Leprosy in India: report of the Leprosy Commission in India, 1890-91
Year: 1890
Disease focus: Leprosy
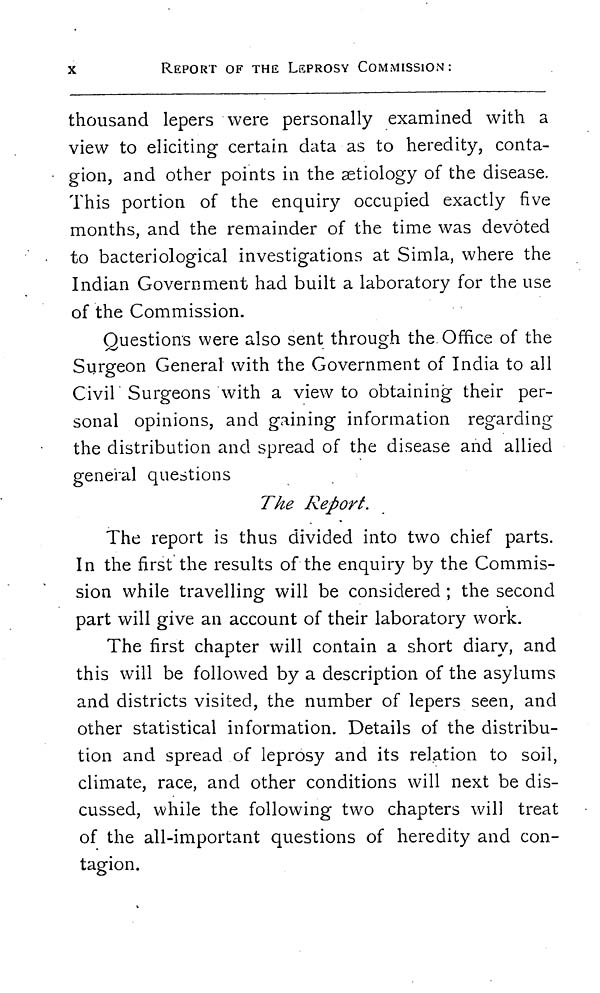
x
REPORT OF THE LEPROSY COMMISSION:
thousand lepers were personally examined with a
view to eliciting certain data as to heredity, conta-
gion, and other points in the aetiology of the disease.
This portion of the enquiry occupied exactly five
months, and the remainder of the time was devoted
to bacteriological investigations at Simla, where the
Indian Government had built a laboratory for the use
of the Commission.
Questions were also sent through the Office of the
Surgeon General with the Government of India to all
Civil Surgeons with a view to obtaining their per-
sonal opinions, and gaining information regarding
the distribution and spread of the disease and allied
general questions
The Report.
The report is thus divided into two chief parts.
In the first the results of the enquiry by the Commis-
sion while travelling will be considered ; the second
part will give an account of their laboratory work.
The first chapter will contain a short diary, and
this will be followed by a description of the asylums
and districts visited, the number of lepers seen, and
other statistical information. Details of the distribu-
tion and spread of leprosy and its relation to soil,
climate, race, and other conditions will next be dis-
cussed, while the following two chapters will treat
of the all-important questions of heredity and con-
tagion.